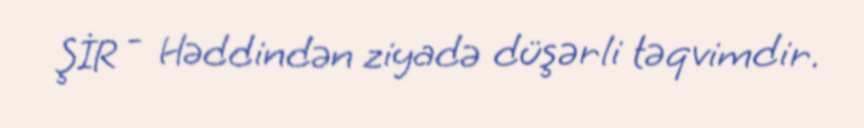
ŞİR - Həddindən ziyadə düşərli təqvimdir.